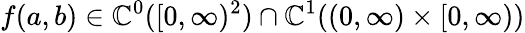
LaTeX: f(a,b)\in\mathbb{C}^{0}([0,\infty)^{2})\cap\mathbb{C}^{1}((0,\infty)\times[0,\infty))